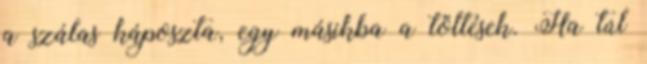
a szálas káposzta, egy másikba a töltések. Ha túl